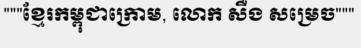
"""ខ្មែរកម្ពុជាក្រោម, លោក សឺង សម្រេច"""